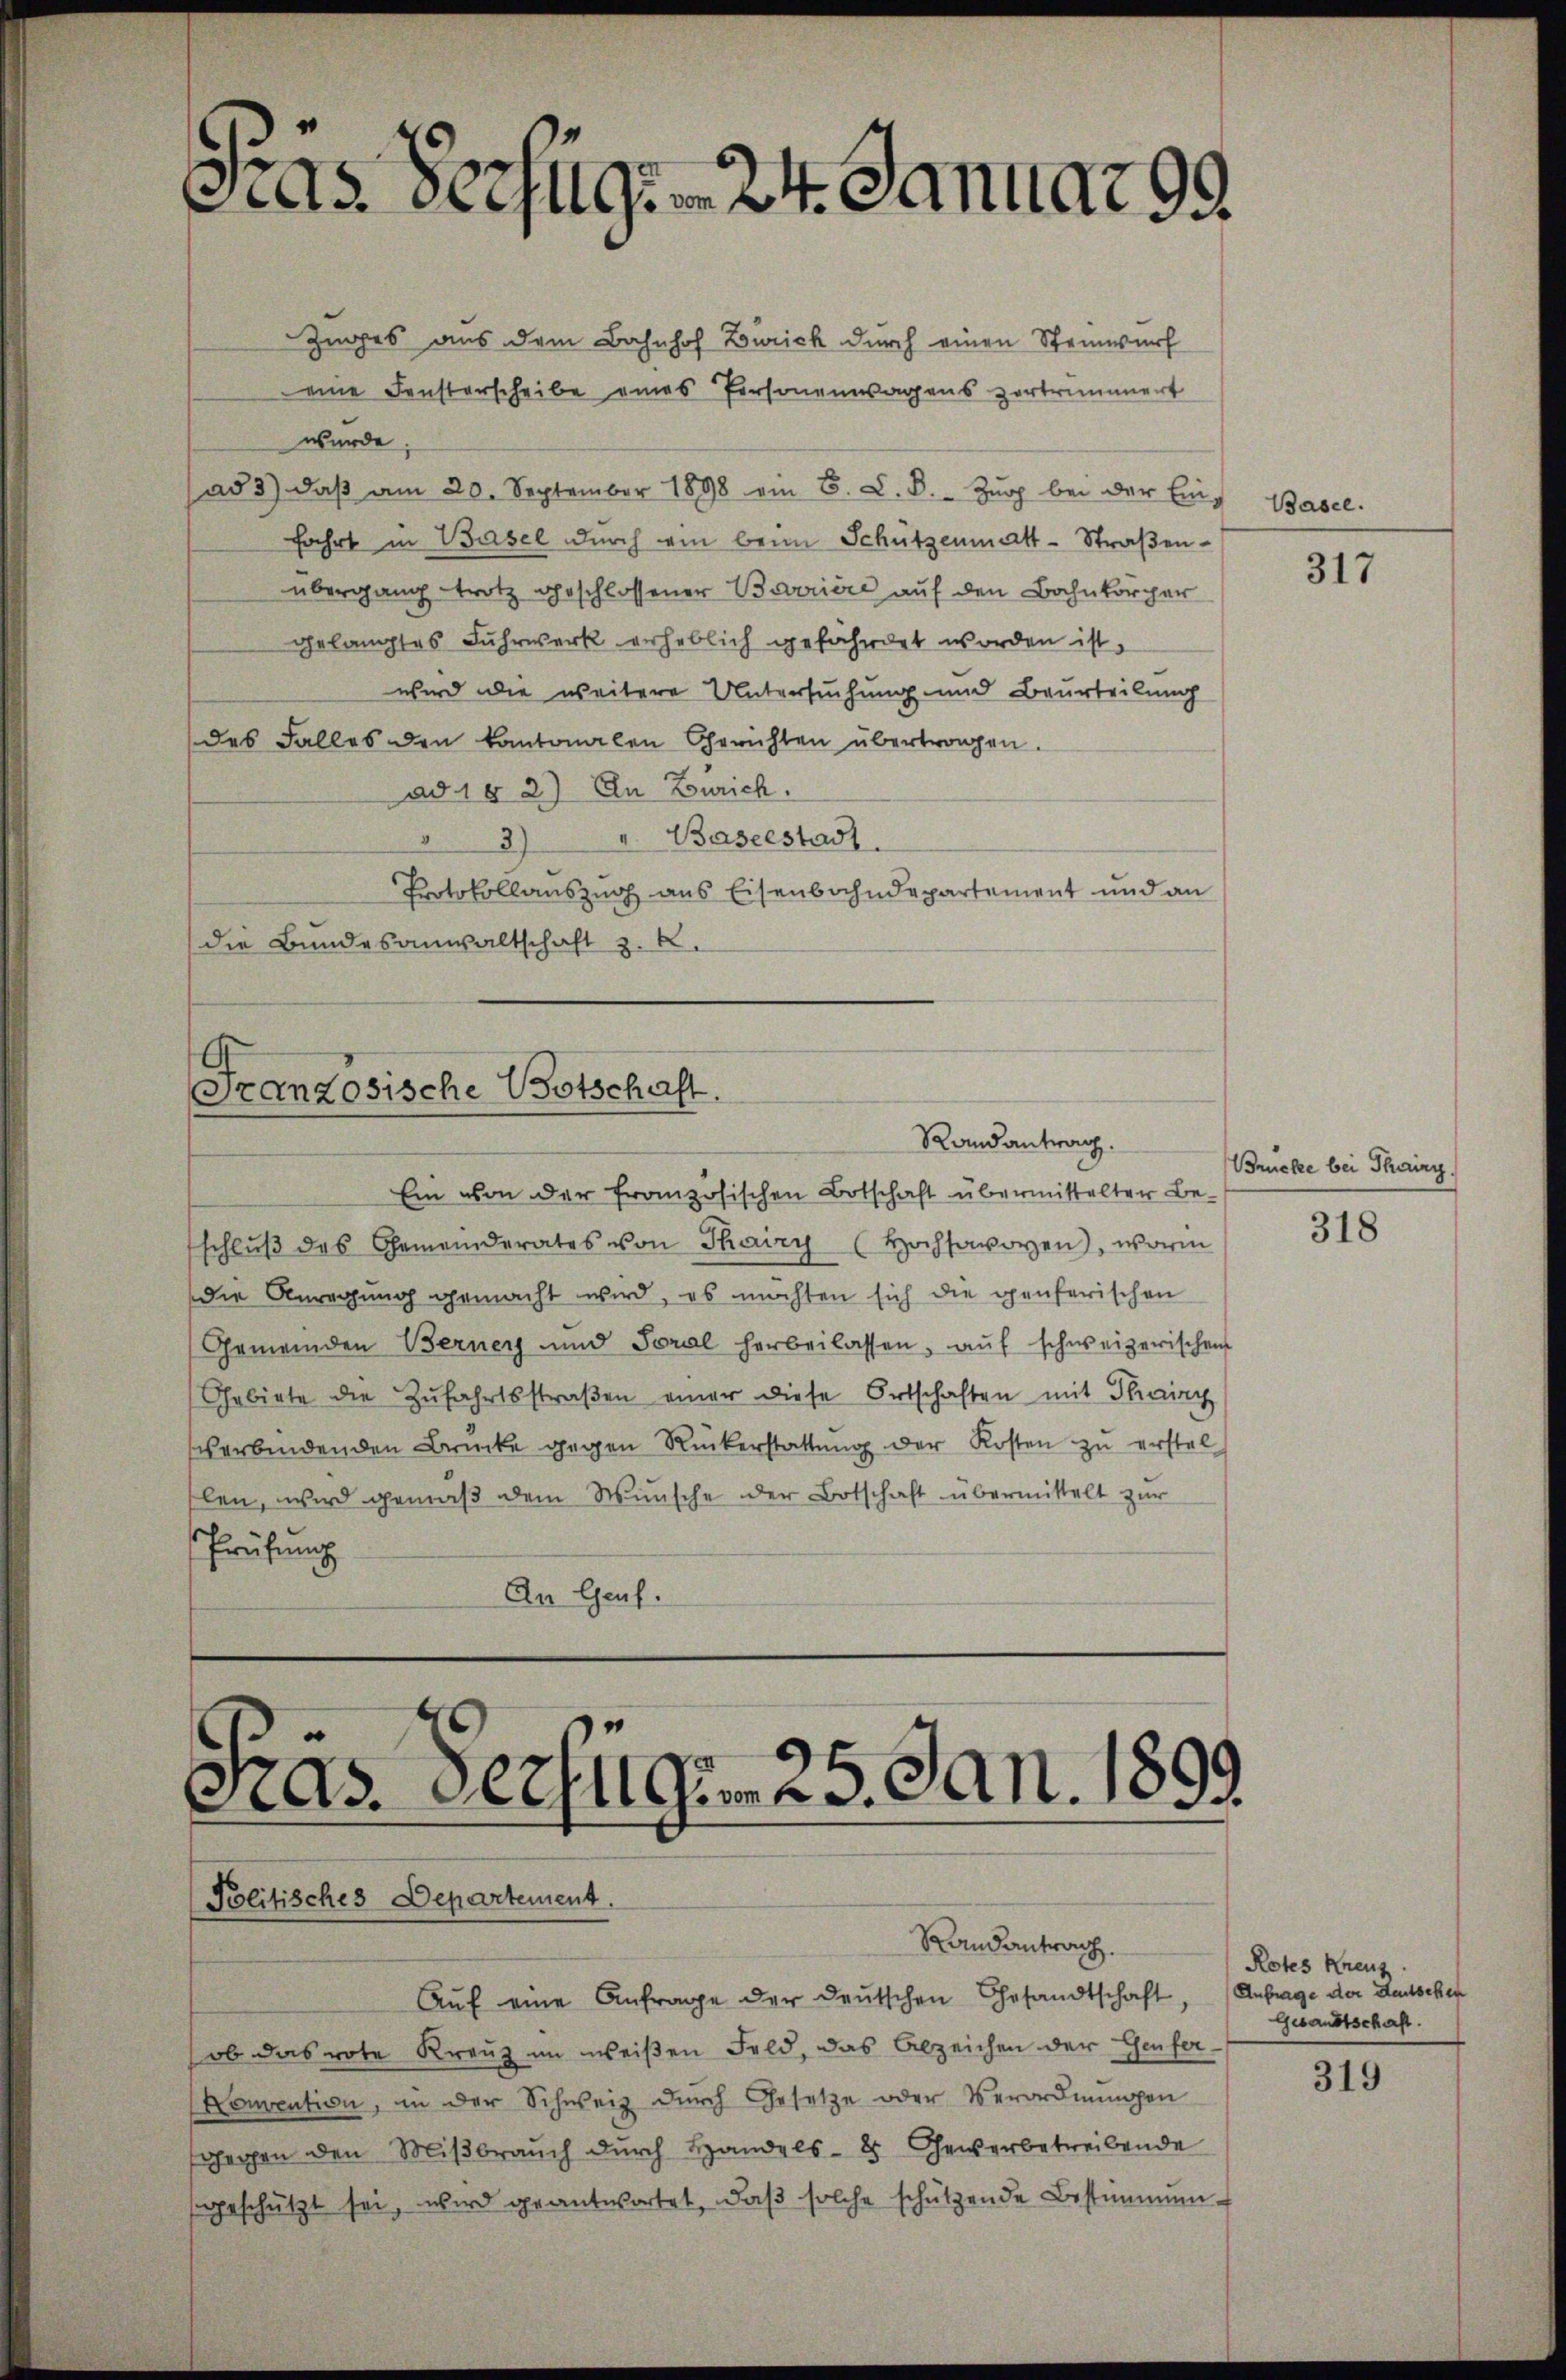
As. Bezug 24. Januar 99

Zuges aus dem Bahnhof Zürich durch einen Steinwurf
eine Fensterscheibe eines Personenwagens zertrümmert
wurde.
ad 3) daβ am 20. September 1898 ein B. L. B. Zŭg bei der Ein-
fahrt in Basel durch ein beim Schützenmatt-Straßenübergang trotz geschlossener Barriere auf den Bahnkörper
gelangtes Fuhrwerk erheblich gefährdet worden ist.
wird die weitere Untersuchung und Beurteilung
des Falles den kantonalen Gerichten übertragen.
ad 18 2) An Zürich.
3) u. Baselstadt
Protokollauszug aus Eisenbahndepartement und an
die Bundesanwaltschaft z. B.

Französische Botschaft.
Randantrag.

Ein von der französischen Botschaft übermittelter Be-
schlŭβ des Gemeinderates von Thaizy (Hochsavoyen), worin
die Anregung gemacht wird, es möchten sich die genferischen
Gemeinden Berner und Soral herbeilassen, aŭf schweizerischen
Gebiete die Zŭfahrtsstraβen einer diese Ortschaften mit Thairy
verbindenden Brücke gegen Rückerstattŭng der Kosten zŭ erstel
slen, wird gemäβ dem Wünsche der Botschaft übermittelt zur
Prüfung
An Genf.

Präs. Verfügen 25. Jan. 1893.
Politisches Departement.
Randantrag.

Aŭf eine Anfrage der deŭtschen Gesandtschaft, Anfrage der Stadtschen
ob das rote Kreuz im weißen Feld, das Abzeichen der Genfer
Konvention, in der Schweiz dŭrch Gesetze oder Verordnŭngen
sgegen den Miβbraŭch dŭrch Handels- & Gewerbetreibende
ggeschützt sei, wird geantwortet, daβ solche schützende Bestimmen-

Basel.

317

Brücke bei Thairg

318

Rotes Kreuz
Gesandtschaft.

319